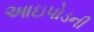
આઇપોડની